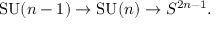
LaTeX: \mathrm { S U } ( n - 1 ) \to \mathrm { S U } ( n ) \to S ^ { 2 n - 1 } .